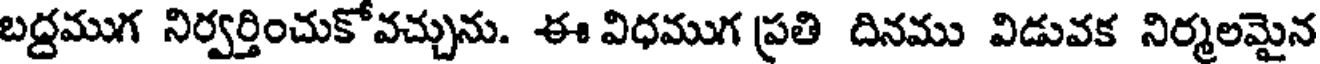
బద్రముగ నిర్వర్తించుకోవచ్చును. ఈ విధముగ ప్రతి దినము విడువక నిర్మలమైన